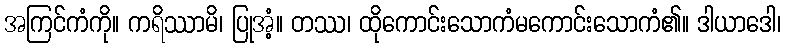
အကြင်ကံကို။ ကရိဿာမိ၊ ပြုအံ့။ တဿ၊ ထိုကောင်းသောကံမကောင်းသောကံ၏။ ဒါယာဒေါ၊